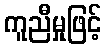
ကူညီမှုဖြင့်